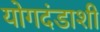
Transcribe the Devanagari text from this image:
योगदंडाशी